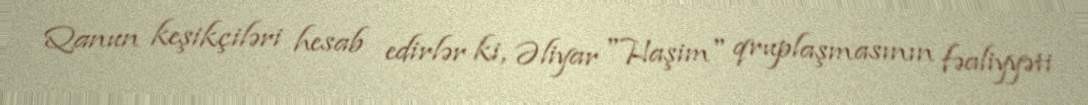
Qanun keşikçiləri hesab edirlər ki, Əliyar "Haşim" qruplaşmasının fəaliyyəti